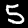
Digit: 5